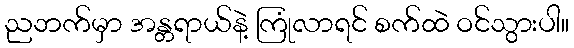
ညဘက်မှာ အန္တရာယ်နဲ့ ကြုံလာရင် စက်ထဲ ဝင်သွားပါ။